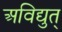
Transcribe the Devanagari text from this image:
अविद्युत्